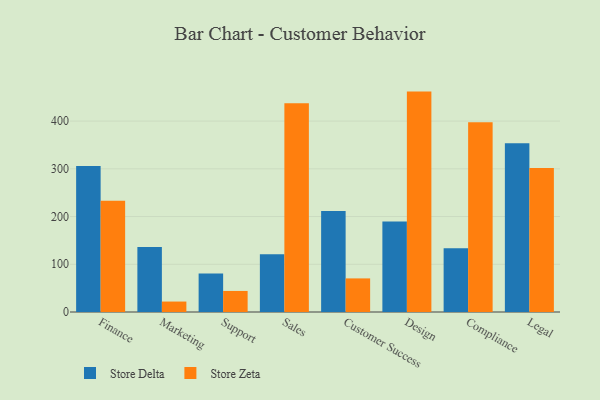
{"axis": {"x": "Department", "y": "Operating Costs (USD K)"}, "legend": ["Store Delta", "Store Zeta"], "data": [{"x": "Finance", "y": 305.8, "type": "Store Delta"}, {"x": "Finance", "y": 233.3, "type": "Store Zeta"}, {"x": "Marketing", "y": 136.1, "type": "Store Delta"}, {"x": "Marketing", "y": 21.9, "type": "Store Zeta"}, {"x": "Support", "y": 80.8, "type": "Store Delta"}, {"x": "Support", "y": 44.1, "type": "Store Zeta"}, {"x": "Sales", "y": 121.1, "type": "Store Delta"}, {"x": "Sales", "y": 437.4, "type": "Store Zeta"}, {"x": "Customer Success", "y": 211.7, "type": "Store Delta"}, {"x": "Customer Success", "y": 70.4, "type": "Store Zeta"}, {"x": "Design", "y": 189.8, "type": "Store Delta"}, {"x": "Design", "y": 461.8, "type": "Store Zeta"}, {"x": "Compliance", "y": 133.8, "type": "Store Delta"}, {"x": "Compliance", "y": 397.5, "type": "Store Zeta"}, {"x": "Legal", "y": 353.5, "type": "Store Delta"}, {"x": "Legal", "y": 301.5, "type": "Store Zeta"}]}